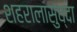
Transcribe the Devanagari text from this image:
शहरालासुध्दा